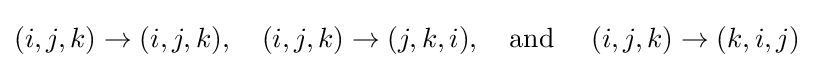
(i,j,k)\rightarrow (i,j,k),\quad (i,j,k)\rightarrow (j,k,i),\quad {\text{and }}\quad (i,j,k)\rightarrow (k,i,j)